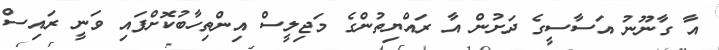
އާ ގާނޫނު އަސާސީގެ ދަށުން އާ ރައްޔިތުންގެ މަޖިލީސް އިންތިހާބުކޮށްފައި ވަނީ ރައިސް